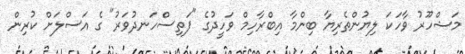
މަޝްހޫރު ވާހަކަ ލިޔުންތެރިޔާ ބިންމާ އިބްރާހިމް ވަހީދުގެ "ފަތިސްހަނދުވަރު" ގެ އަސްލަށް ކުރިން